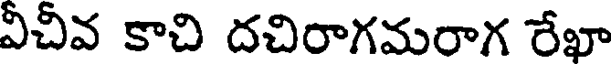
వీచీవ కాచి దచిరాగమరాగ రేఖా